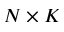
N \times K